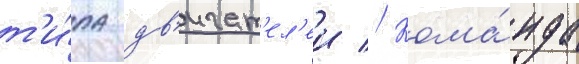
т'и́па дв'игат'ел'еи // Кома́нда